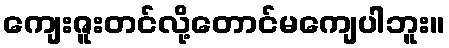
ကျေးဇူးတင်လို့တောင်မကျေပါဘူး။